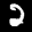
Label: 2